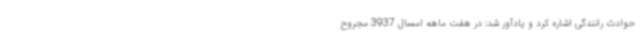
حوادث رانندگی اشاره کرد و یادآور شد: در هفت ماهه امسال 3937 مجروح